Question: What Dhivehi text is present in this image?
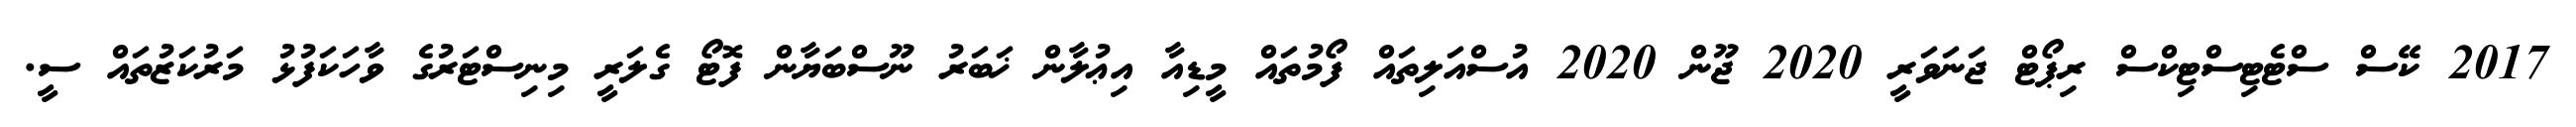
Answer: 2017 ކޭސް ސްޓެޓިސްޓިކްސް ރިޕޯޓް ޖަނަވަރީ 2020 ޖޫން 2020 އުސްއަލިތައް ފޯމުތައް މީޑިއާ އިޢުލާން ޚަބަރު ނޫސްބަޔާން ފޮޓޯ ގެލަރީ މިނިސްޓަރުގެ ވާހަކަފުޅު މަރުކަޒުތައް ސީ.